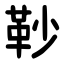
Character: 䩖